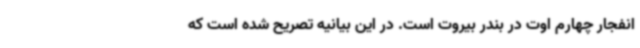
انفجار چهارم اوت در بندر بیروت است. در این بیانیه تصریح شده است که